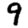
Digit: 9